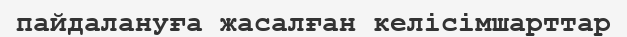
пайдалануға жасалған келісімшарттар